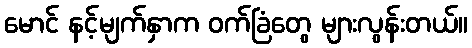
မောင် နင့်မျက်နှာက ဝက်ခြံတွေ များလွန်းတယ်။